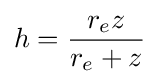
h={\frac {r_{e}z}{r_{e}+z}}